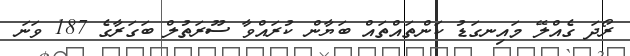
ރޯދަ ގެއްލޭ މައިނގަޑު ކަންތައްތައް ބަޔާން ކުރައްވާ ސޫރަތުލް ބަގަރާގެ 187 ވަނަ